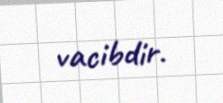
vacibdir.